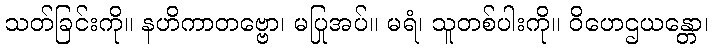
သတ်ခြင်းကို။ နဟိကာတဗ္ဗော၊ မပြုအပ်။ မရံ၊ သူတစ်ပါးကို။ ဝိဟေဌယန္တော၊